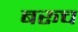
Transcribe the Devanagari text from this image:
बरूच